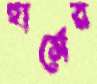
হার্সের